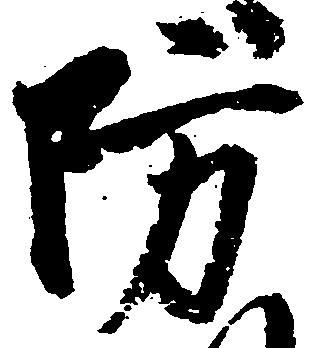
防